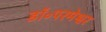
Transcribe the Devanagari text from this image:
डॉ॰परमेश्वर